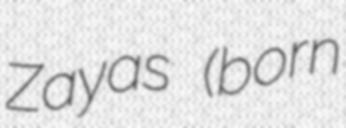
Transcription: Zayas (born